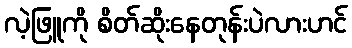
လဲ့ဖြူကို စိတ်ဆိုးနေတုန်းပဲလားဟင်